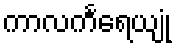
ကာလင်္ကရေယျုံ